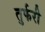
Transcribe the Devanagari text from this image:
तुर्फरी